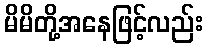
မိမိတို့အနေဖြင့်လည်း